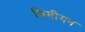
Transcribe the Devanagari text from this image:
सिमीयन